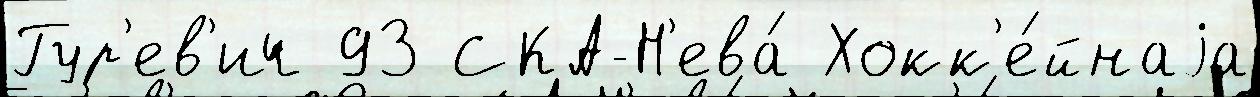
Гур'ев'ич 93 СКА-Н'ева́ Хокк'е́йнаjа